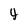
Character: 4